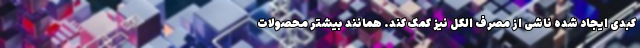
کبدی ایجاد شده ناشی از مصرف الکل نیز کمک کند. همانند بیشتر محصولات